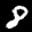
Label: 8